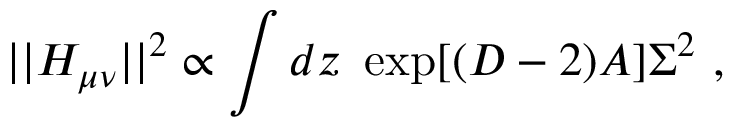
| | H _ { \mu \nu } | | ^ { 2 } \propto \int d z ~ \exp [ ( D - 2 ) A ] \Sigma ^ { 2 } ~ ,